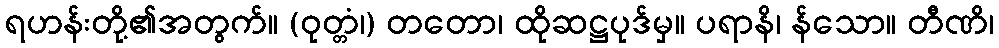
ရဟန်းတို့၏အတွက်။ (ဝုတ္တံ၊) တတော၊ ထိုဆဋ္ဌပုဒ်မှ။ ပရာနိ၊ န်သော။ တီဏိ၊